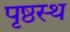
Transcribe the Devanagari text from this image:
पृष्ठस्थ